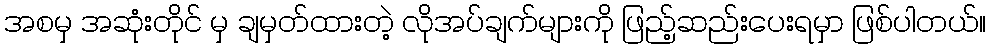
အစမှ အဆုံးတိုင် မှ ချမှတ်ထားတဲ့ လိုအပ်ချက်များကို ဖြည့်ဆည်းပေးရမှာ ဖြစ်ပါတယ်။